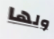
ولها